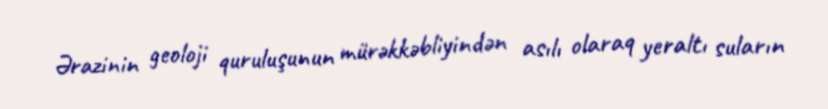
Ərazinin geoloji quruluşunun mürəkkəbliyindən asılı olaraq yeraltı suların